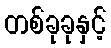
တစ်ခုခုနှင့်